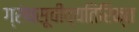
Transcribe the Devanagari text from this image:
ग्रंथसूचीव्यतिरिक्त